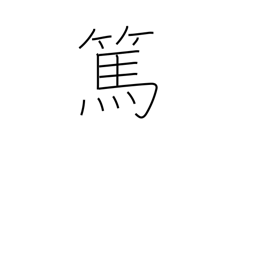
Meaning: kind